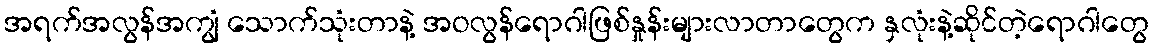
အရက်အလွန်အကျွံ သောက်သုံးတာနဲ့ အဝလွန်ရောဂါဖြစ်နှုန်းများလာတာတွေက နှလုံးနဲ့ဆိုင်တဲ့ရောဂါတွေ